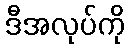
ဒီအလုပ်ကို